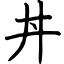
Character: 丼